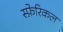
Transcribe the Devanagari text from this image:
स्फ़ेरिकल